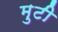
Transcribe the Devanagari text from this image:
मुटी